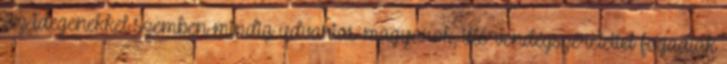
Az idegenekkel szemben mindig udvarias magyarok, illő vendégszeretettel fogadták